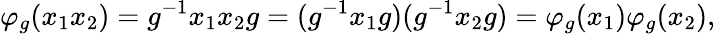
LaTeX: \varphi_{g}(x_{1}x_{2})=g^{-1}x_{1}x_{2}g=(g^{-1}x_{1}g)(g^{-1}x_{2}g)=\varphi_{g}(x_{1})\varphi_{g}(x_{2}),